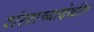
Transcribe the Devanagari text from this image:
शंखाच्यादेखील